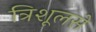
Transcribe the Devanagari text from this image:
त्रिशूलसे